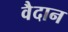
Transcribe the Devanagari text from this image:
वैदान